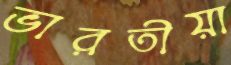
ভারতীয়া